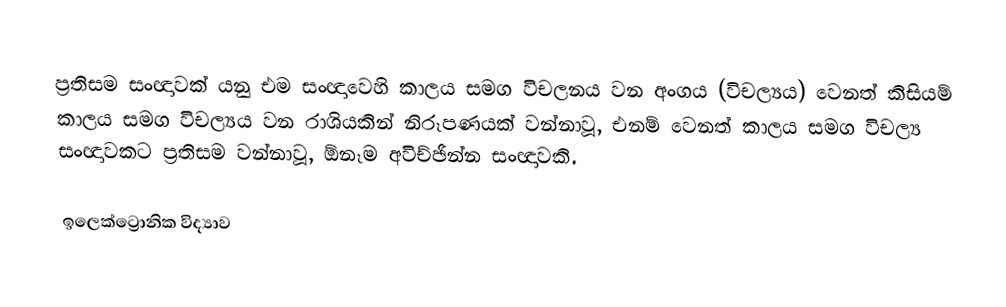
ප්‍රතිසම සංඥාවක්  යනු  එම සංඥාවෙහි කාලය සමග විචලනය වන අංගය (විචල්‍යය) වෙනත් කිසියම් කාලය සමග විචල්‍යය වන රාශියකින් නිරූපණයක් වන්නාවූ, එනම් වෙනත් කාලය සමග විචල්‍ය සංඥාවකට ප්‍රතිසම වන්නාවූ, ඕනෑම  අවිච්ඡින්න සංඥාවකි.

ඉලෙක්ට්‍රොනික විද්‍යාව